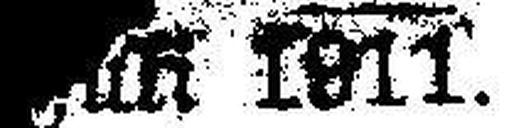
### 1811.